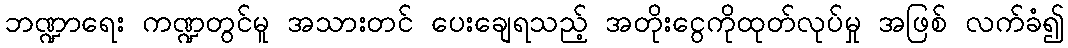
ဘဏ္ဍာရေး ကဏ္ဍတွင်မူ အသားတင် ပေးချေရသည့် အတိုးငွေကိုထုတ်လုပ်မှု အဖြစ် လက်ခံ၍